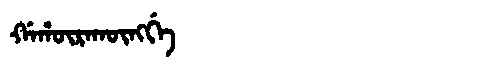
Manchu: ᡤᠠᡥᡡᡵᠠᡴᡡᠩᡤᡝ
Romanization: GAHŪRAKŪNGGE